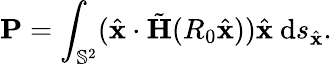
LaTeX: \mathbf{P}=\int_{\mathbb{S}^{2}}(\hat{\mathbf{x}}\cdot\tilde{\mathbf H}(R_{0}\hat{\mathbf{x}}))\hat{\mathbf{x}}~\mathrm{d}s_{\hat{\mathbf{x}}}.